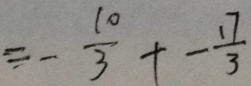
\equiv - \frac { 1 0 } { 3 } + - \frac { 1 7 } { 3 }